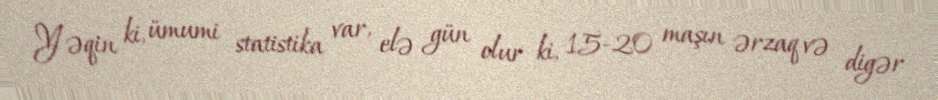
Yəqin ki, ümumi statistika var, elə gün olur ki, 15-20 maşın ərzaq və digər